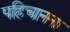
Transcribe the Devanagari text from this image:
पहिचानना